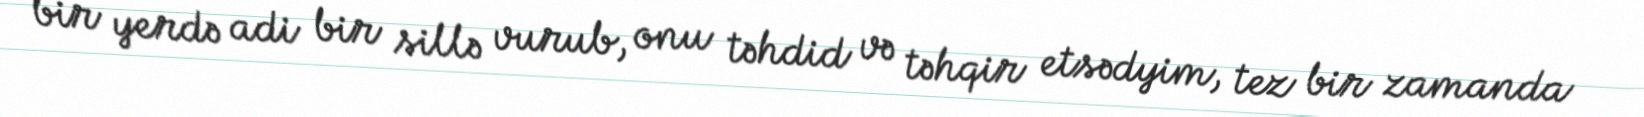
bir yerdə adi bir sillə vurub, onu təhdid və təhqir etsədyim, tez bir zamanda